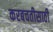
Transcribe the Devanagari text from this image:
करबचतीसाठी